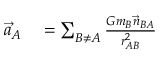
\begin{array} { r l } { { \vec { a } } _ { A } } & { { } = \sum _ { B \not = A } { \frac { G m _ { B } { \vec { n } } _ { B A } } { r _ { A B } ^ { 2 } } } } \end{array}